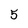
Character: 5